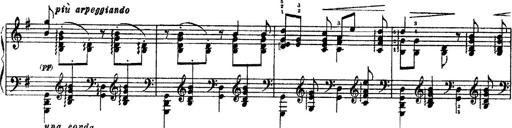
Title: 3 sonetti di Petrarca
Composer: Franz Liszt